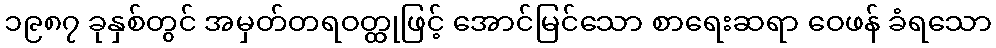
၁၉၈၇ ခုနှစ်တွင် အမှတ်တရဝတ္ထုဖြင့် အောင်မြင်သော စာရေးဆရာ ဝေဖန် ခံရသော